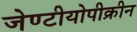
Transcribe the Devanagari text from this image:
जेण्टीयोपीक्रीन